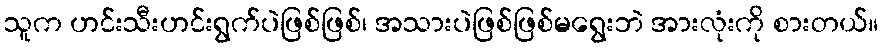
သူက ဟင်းသီးဟင်းရွက်ပဲဖြစ်ဖြစ်၊ အသားပဲဖြစ်ဖြစ်မရွေးဘဲ အားလုံးကို စားတယ်။